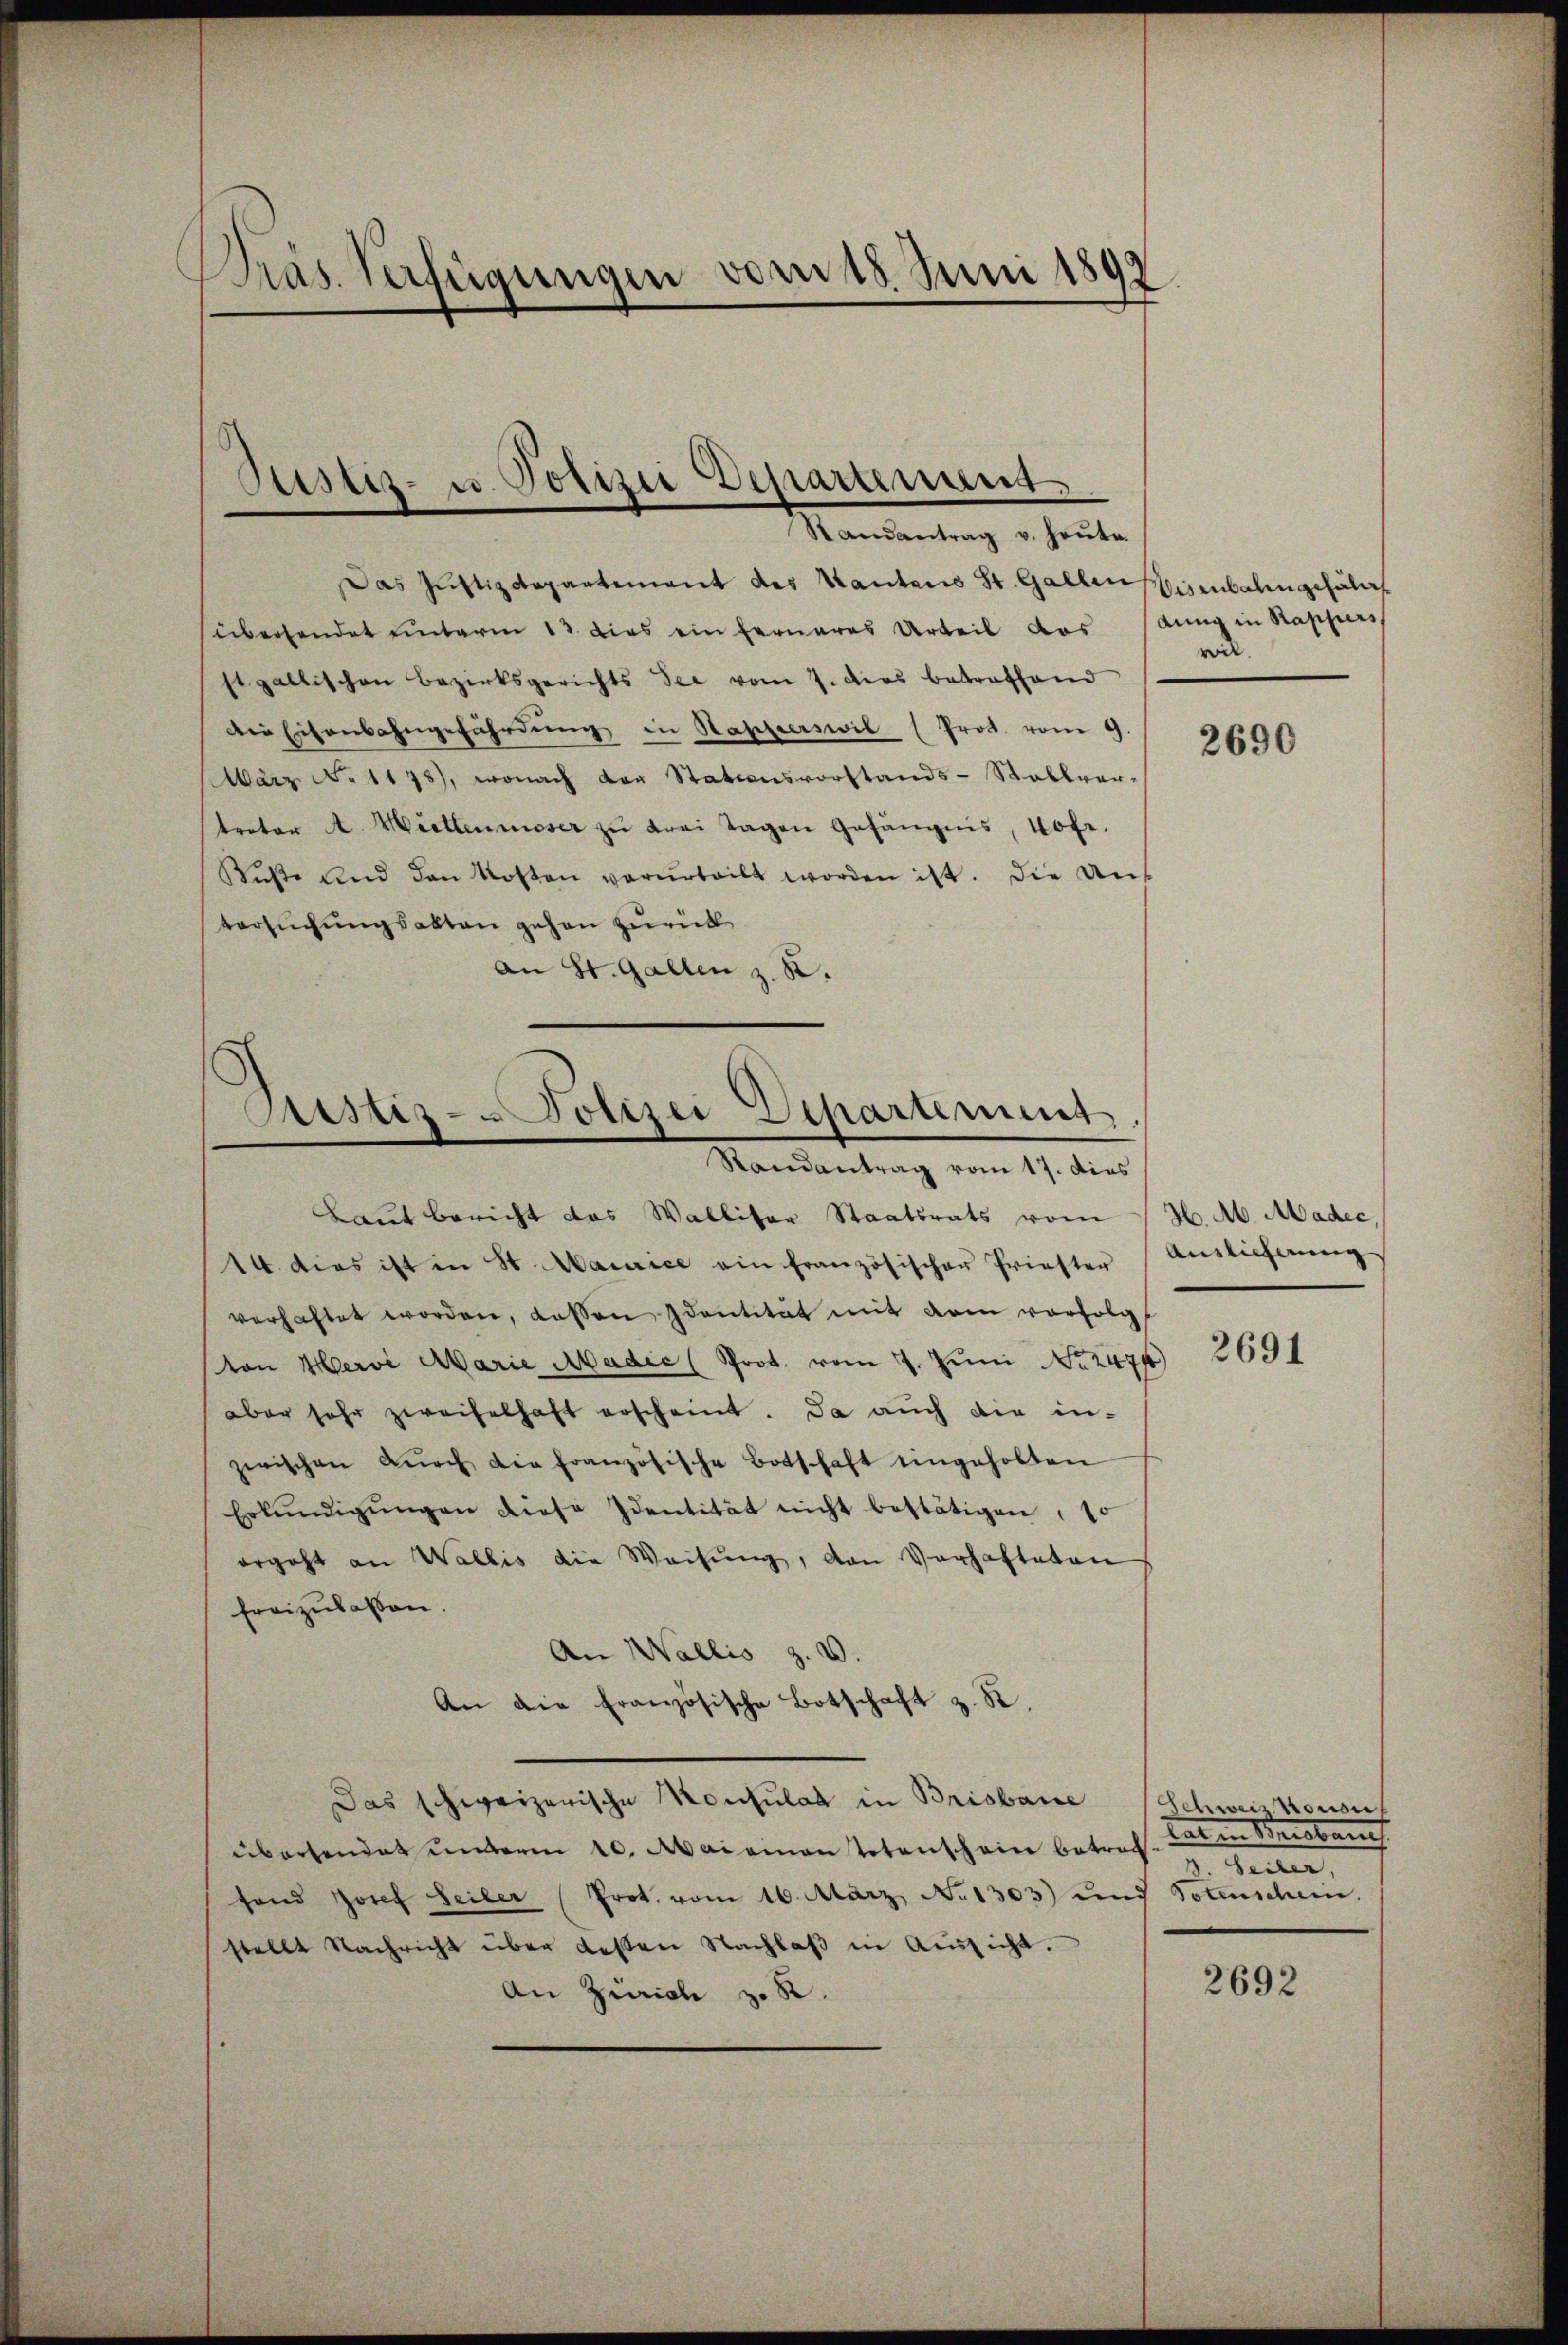
Präs. Verfügungen vom 18. Juni 1897

Justiz- u. Polizei Departement
Randantrag u. heŭte.

Das Justizdepartement des Kantons St. Gallenfisenbahngefährt
überhandet unterm 13. dies ein ferneres Urteil das Banng in Kappers
stgallischen Bezirksgerichts See vom 7. dies betrafhand
Die Eisenbahngefährdung in Kapperswil (Prot. vom 9.
März No 1178), wonach der Stationsvorstands-Stallver-
treter A. Wiettenmoser zŭ drei Tagen Gefängnis, 40fr.
Rüste und den Kosten verurteilt worden ist. Die Ans
tersuchungsakten gehen zurück
an St. Gallen z. B.

Randantrag vom 17. dies
Laut bericht das Wallitar Staatsrats vom H. M. Madec
14. dies ist in St. Maurice ein französischer Priester Auslieferŭng
verhaftet worden, dassen Identität mit dem vorfolgt
Von Mervi Marie Madic (Prot. vom 7. Juni No 2474)
aber sehr zweifelhaft erscheint. Da auch die in-
zwischen Dŭrch die französische Botschaft eingeholten
Erkŭndigŭngen diese Identität nicht bestätigen : 10
ergeht an Wallis die Weisŭng, den Verhafteten
freizulassen.
An Wallis Z. V.
An die Französische Botschaft z. R.
Das schweizerische Konsulat in Brisbare
übersendet unterm 10. Mai einen totenschein betreff
fond Josef Seiler Prot. vom 16. März No. 1303) und
stellt Nachricht über dessen Nachlaβ in Aŭssicht.
An Zürich z. R.

Aristiz- Polizei Departement.

wil.

2690

2691

Schweiz honon
taten Verbaug
2. Seiten,
Totenschein.

2692